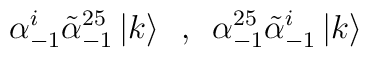
\alpha^i _{-1} \tilde{\alpha}^{25}_{-1}\left| k\right> \,\,\, ,\,\,\,\alpha^{25} _{-1} \tilde{\alpha}^{i}_{-1}\left| k\right>